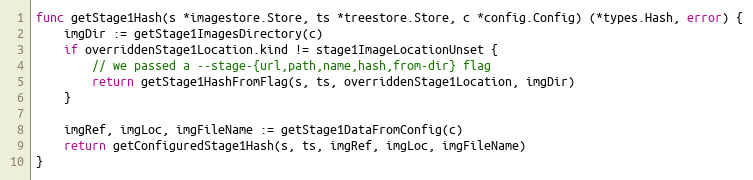
Language: Go
func getStage1Hash(s *imagestore.Store, ts *treestore.Store, c *config.Config) (*types.Hash, error) {
	imgDir := getStage1ImagesDirectory(c)
	if overriddenStage1Location.kind != stage1ImageLocationUnset {
		// we passed a --stage-{url,path,name,hash,from-dir} flag
		return getStage1HashFromFlag(s, ts, overriddenStage1Location, imgDir)
	}

	imgRef, imgLoc, imgFileName := getStage1DataFromConfig(c)
	return getConfiguredStage1Hash(s, ts, imgRef, imgLoc, imgFileName)
}